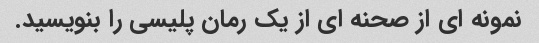
نمونه ای از صحنه ای از یک رمان پلیسی را بنویسید.